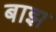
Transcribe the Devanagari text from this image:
बाझ